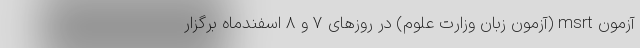
آزمون msrt (آزمون زبان وزارت علوم) در روزهای ۷ و ۸ اسفندماه برگزار